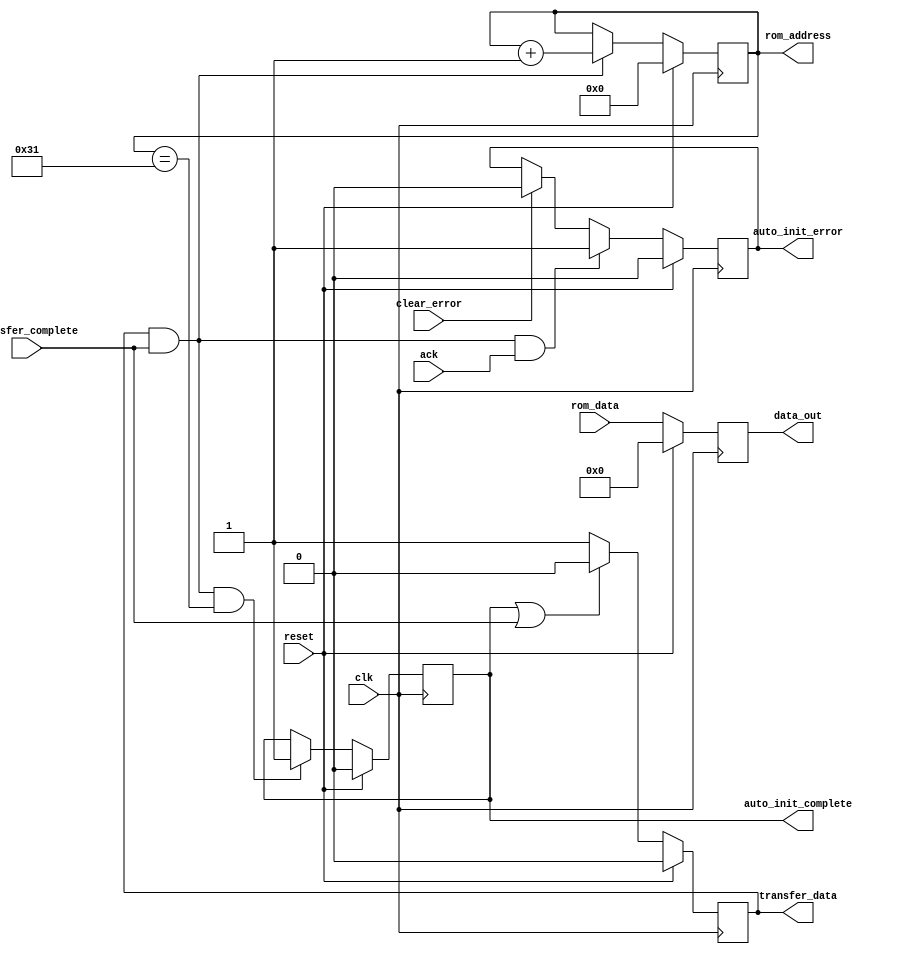
module altera_up_av_config_auto_init (
	clk,
	reset,
	clear_error,
	ack,
	transfer_complete,
	rom_data,
	data_out,
	transfer_data,
	rom_address,
	auto_init_complete,
	auto_init_error,
);
parameter ROM_SIZE	= 50;
parameter AW			= 5;		
parameter DW			= 23;		
input						clk;
input						reset;
input						clear_error;
input						ack;
input						transfer_complete;
input			[DW: 0]	rom_data;
output reg	[DW: 0]	data_out;
output reg				transfer_data;
output reg	[AW: 0]	rom_address;
output reg				auto_init_complete;
output reg				auto_init_error;
wire						toggle_next_transfer;
always @(posedge clk)
begin
	if (reset)
		data_out <= 'h0;
	else
		data_out <= rom_data;
end
always @(posedge clk)
begin
	if (reset)
		transfer_data <= 1'b0;
	else if (auto_init_complete | transfer_complete)
		transfer_data <= 1'b0;
	else
		transfer_data <= 1'b1;
end
always @(posedge clk)
begin
	if (reset)
		rom_address <= 'h0;
	else if (toggle_next_transfer)
		rom_address <= rom_address + 'h1;
end
always @(posedge clk)
begin
	if (reset)
		auto_init_complete <= 1'b0;
	else if (toggle_next_transfer & (rom_address == (ROM_SIZE - 1)))
		auto_init_complete <= 1'b1;
end
always @(posedge clk)
begin
	if (reset)
		auto_init_error <= 1'b0;
	else if (toggle_next_transfer & ack)
		auto_init_error <= 1'b1;
	else if (clear_error)
		auto_init_error <= 1'b0;
end
assign toggle_next_transfer = transfer_data & transfer_complete;
endmodule